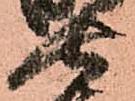
七